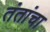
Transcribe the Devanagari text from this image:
तंतांचा